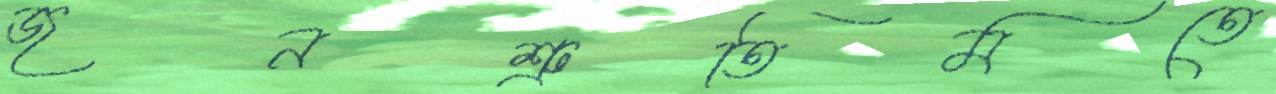
জনশ্রুতিমতে